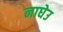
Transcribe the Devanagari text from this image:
नाघेउ